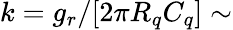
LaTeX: k=g_{r}/[2\pi R_{q}C_{q}]\sim